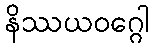
နိဿယဝဂ္ဂေါ